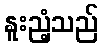
နူးညံ့သည်